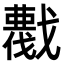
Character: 𢨖